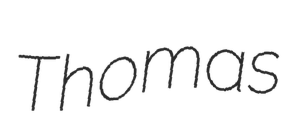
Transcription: Thomas